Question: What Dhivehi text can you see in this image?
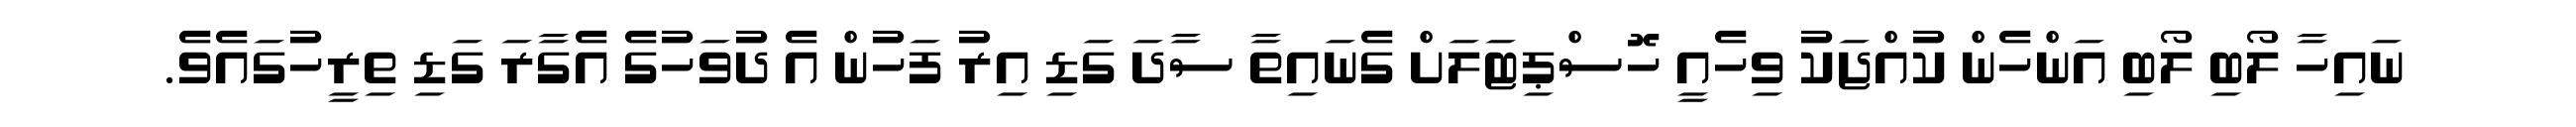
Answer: ނައިހާ ލޯބި ލޯބި އަންހެން ކުއްޖަކު ވިހެއީ ހޮސްޕިޓަލަށް ގެނައިތާ ސާދަ ގަޑި އިރު ފަހުން އެ ދުވަހުގެ އެގާރަ ގަޑި ތިރީހުގައެވެ.